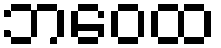
ဘဝေထ